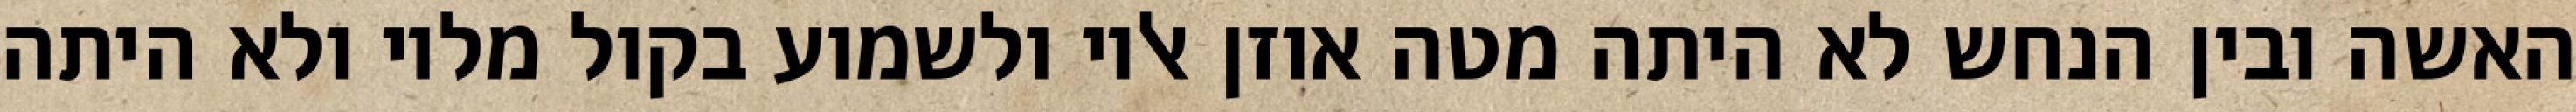
האשה ובין הנחש לא היתה מטה אוזן אליו ולשמוע בקול מליו ולא היתה